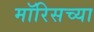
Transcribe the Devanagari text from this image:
मॉरिसच्या